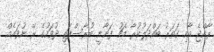
ރާއްޖެ އާއި ގަތަރު ބައްދަލުކުރާ މެޗު ފަށާނީ ބުރާސްފަތި ދުވަހުގެ ރޭ ނުވައެއް